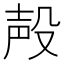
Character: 殸